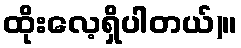
ထိုးလေ့ရှိပါတယ်)။